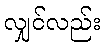
လျှင်လည်း